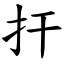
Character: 扞